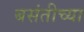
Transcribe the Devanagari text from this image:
बसंतीच्या